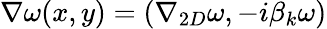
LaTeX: \nabla\omega(x,y)=(\nabla_{2D}\omega,-i\beta_{k}\omega)